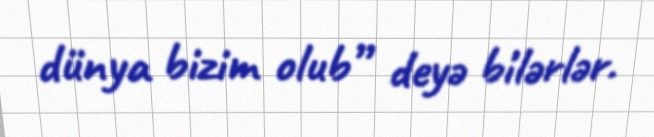
dünya bizim olub” deyə bilərlər.